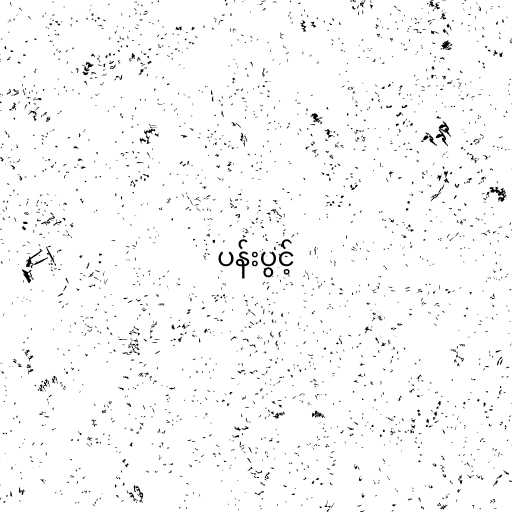
ပန်းပွင့်